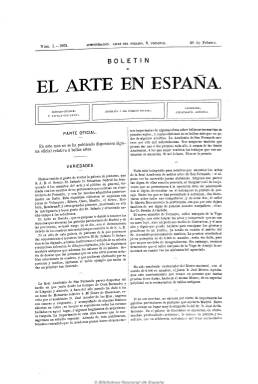
Título: Boletín de El Arte en España
Colección: Arte
Ámbito geográfico: Madrid
Lugar de publicación: Madrid
Fechas: 20/02/1862-15/10/1863

Se edita como suplemento de El arte en España (1862-1870), considerada como una publicación fundamental en la historia de las bellas artes, que estuvo dirigida por Gregorio Cruzada Villaamil (1832-1884). La colección de este Boletín en la Biblioteca Nacional de España (BNE) la integran 18 números, fechados desde el 20 de febrero de 1862 hasta el 15 de octubre de 1863, que aparecieron junto a los números pares cuando la revista tenía una periodicidad quincenal (salvo el primero). A partir de la última fecha, la revista será mensual. Son entregas de cuatro páginas, compuestas a dos columnas, dividas en tres secciones. En la primera, bajo el epígrafe Parte oficial, da cuenta de las disposiciones oficiales y convocatorias relativas a las bellas artes. La segunda, con el título Variedades, contiene breves noticias y comentarios sobre actividades de los artistas, de las galerías de pinturas particulares (como la del Infante don Sebastián Gabriel, que presidía la junta directiva de la sociedad editora de la publicación), de la Real Academia de San Fernando o la del propio Museo Nacional de Pinturas (Museo del Prado), dando cuenta de nombramientos o de actuaciones para el fomento y los estudios oficiales de las materias artísticas. Algunos de estos comentarios van firmados, en general bajo iniciales de los redactores de la revista. Así M.C., son las iniciales de Manuel Cañete; G.C.V, las de Gregorio Cruzada Villaamil (o Villamil), y las iniciales E.M. pueden corresponder a Enrique Mélida. La tercera sección es de Bibliografía artística, con reseñas de periódicos, revistas y libros, tanto españoles como extranjeros. Al final, publica algunos anuncios, también sobre bibliografía artística, como es el caso de Iconografía española, de Valentín Carderera. En la Hemeroteca Digital de la BNE pueden también ser consultados los ocho tomos anuales de la revista El arte en España.